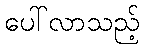
ပေါ်လာသည့်